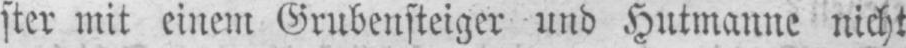
ster mit einem Grubensteiger und Hutmanne nicht